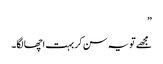
”
مجھے تو یہ سن کر بہت اچھا لگا۔